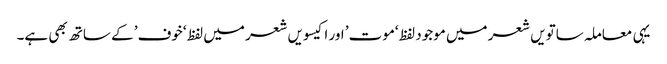
یہی معاملہ ساتویں شعر میں موجود لفظ ‘موت’ اور اکیسویں شعر میں لفظ ‘خوف’ کے ساتھ بھی ہے۔